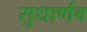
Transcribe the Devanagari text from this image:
सुधार्णव